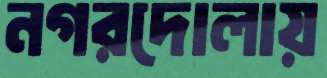
নগরদোলায়